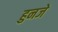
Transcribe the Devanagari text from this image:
हुनजे